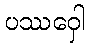
ပဿဝှေါ